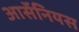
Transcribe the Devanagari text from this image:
आर्सेनियस